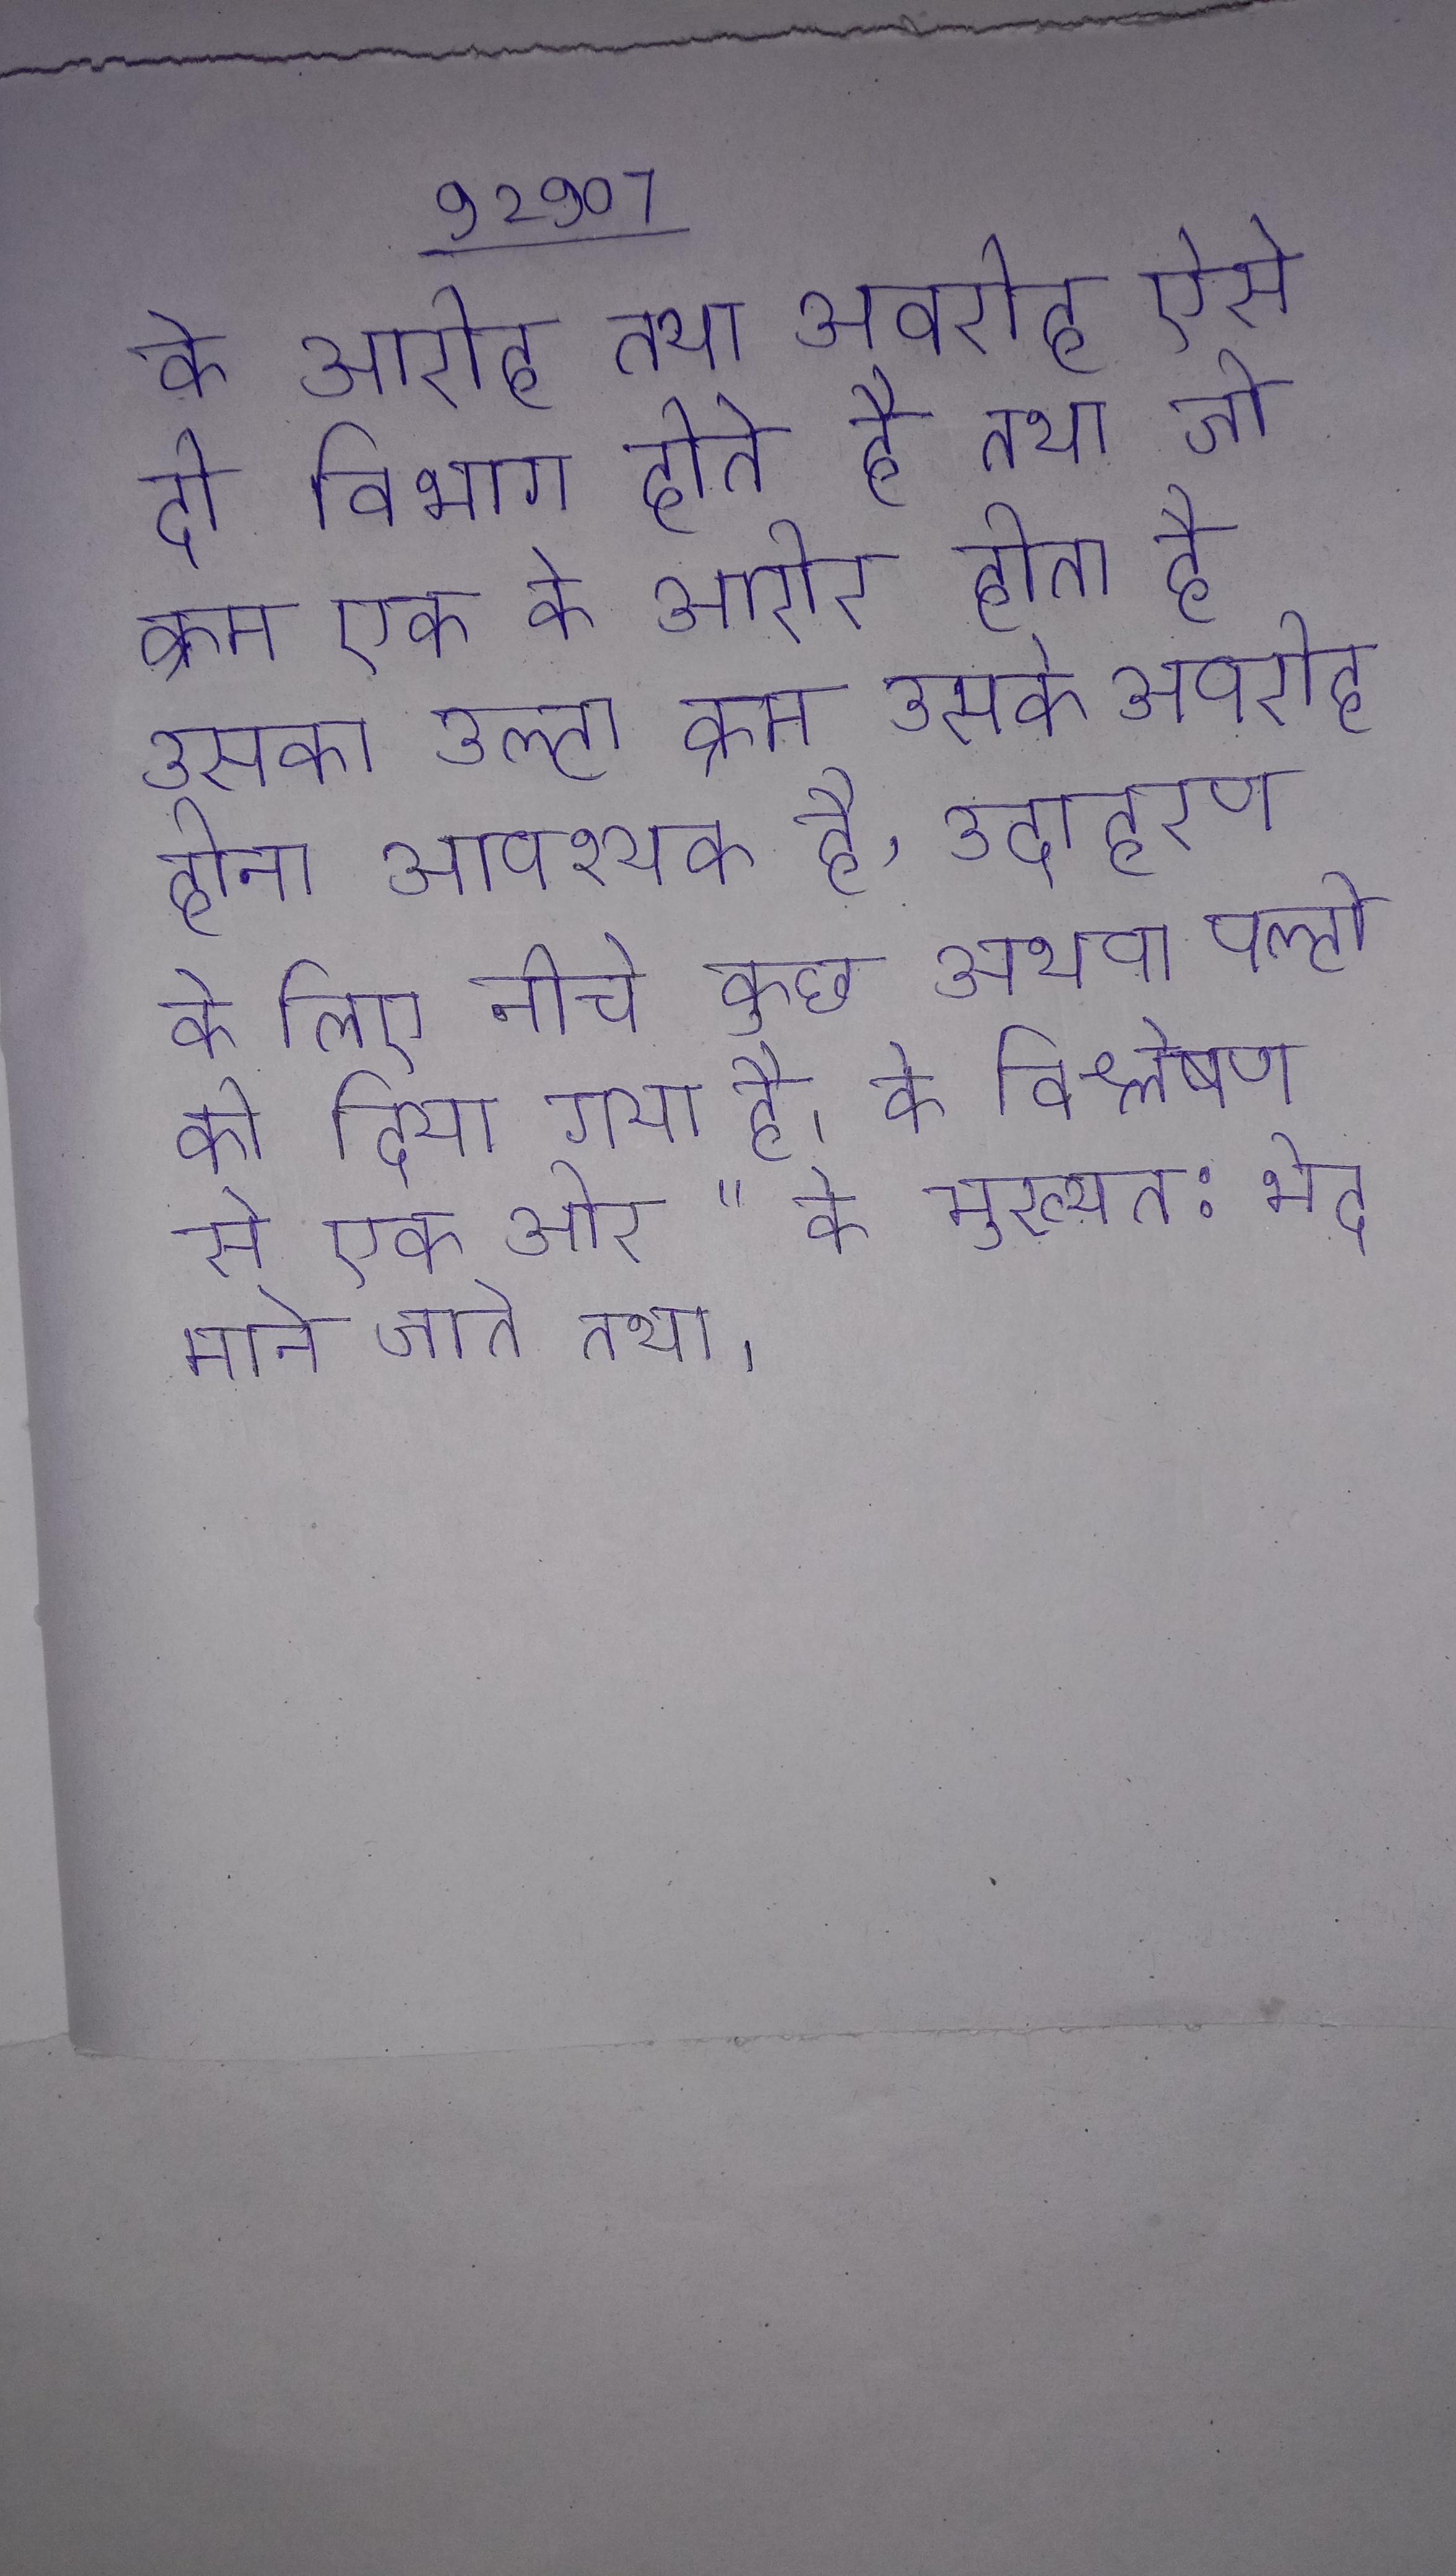
के आरोह तथा अवरोह ऐसे दो विभाग होते है तथा जो क्रम एक के आरोह होता है उसका उल्टा क्रम उसके अवरोह होना आवश्यक है, उदाहरण के लिए नीचे कुछ अथवा पल्टो को दिया गया है । के विश्लेषण से एक ओर " के मुख्यत: भेद माने जाते तथा ।